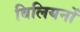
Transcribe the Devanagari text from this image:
बिलियनों